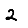
Digit: 2